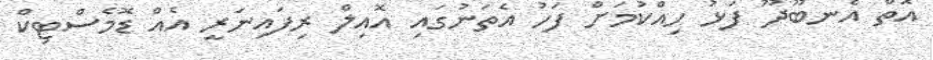
އޮތް އެނބޫދޫ ފަޅު ހިއްކުމަށް ފަހު އެތަނުގައި އޮއިލް ރިފައިނަރީ އެއް ޑޮމެސްޓިކް